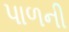
પાળની